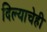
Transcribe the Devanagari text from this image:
दिल्याचेही